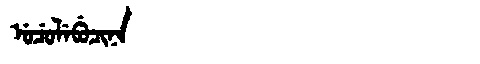
Manchu: ᡠᠴᡠᠯᡝᠪᡠᠴᡳᠨᠠ
Romanization: UCULEBUCINA